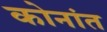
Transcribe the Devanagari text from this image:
कोनांत